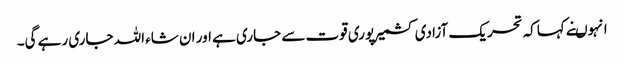
انہوںنے کہاکہ تحریک آزادی کشمیرپوری قوت سے جاری ہے اور ان شاء اللہ جاری رہے گی۔